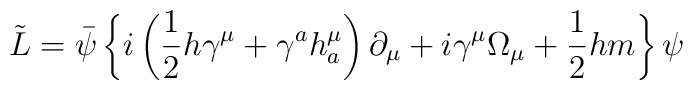
\tilde L=\bar \psi \left\{ i\left( \frac 12h\gamma ^\mu +\gamma ^ah_a^\mu\right) \partial _\mu +i\gamma ^\mu \Omega _\mu +\frac 12hm\right\} \psi